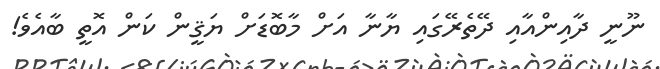
ނޫނީ ދާއިންއާއި ދޭތެރޭގައި ޔާނާ އަށް މާބޮޑަށް ޔަޤީން ކަން އޮތީ ބާއެވެ!